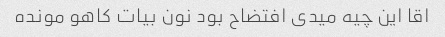
اقا این چیه میدی افتضاح بود نون بیات کاهو مونده